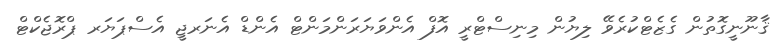
ޤާނޫނީގޮތުން ގެޒެޓްކުރެވޭ ލިޔުން މިނިސްޓްރީ އޮފް އެންވަޔަރަންމަންޓް އެންޑް އެނަރޖީ އެސްޕަޔަރ ޕްރޮޖެކްޓް